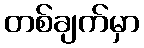
တစ်ချက်မှာ